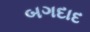
બગદાદ